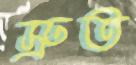
স্রুত